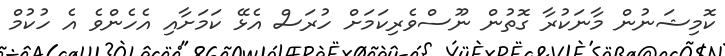
ކޮމިޝަނުން މާނަކުރާ ގޮތުން ނޫސްވެރިކަމަށް ހުރަސް އެޅޭ ކަމަށާއި އެހެންވެ އެ ހުކުމް